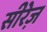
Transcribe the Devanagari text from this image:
सीरेज़